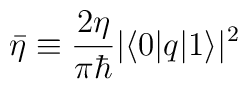
\bar{\eta} \equiv \frac{2\eta}{\pi\hbar}|\langle 0|q|1\rangle|^{2}